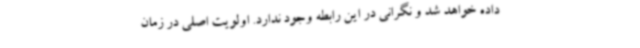
داده خواهد شد و نگرانی در این رابطه وجود ندارد. اولویت اصلی در زمان